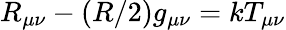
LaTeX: R_{\mu\nu}-(R/2)g_{\mu\nu}=kT_{\mu\nu}